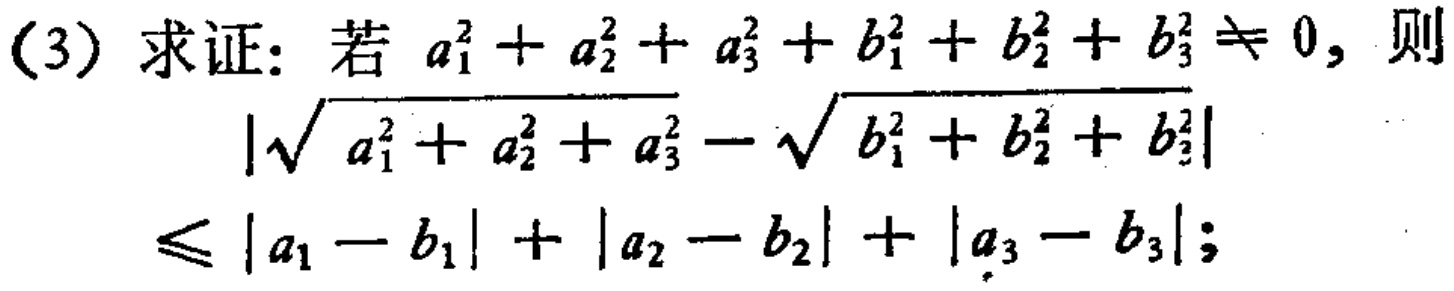
(3) 求证: 若 \(a_{1}^{2}+a_{2}^{2}+a_{3}^{2}+b_{1}^{2}+b_{2}^{2}+b_{3}^{2}\neq 0\), 则
\[\left|\sqrt{a_{1}^{2}+a_{2}^{2}+a_{3}^{2}}-\sqrt{b_{1}^{2}+b_{2}^{2}+b_{3}^{2}}\right|\leq\left|a_{1}-b_{1}\right|+\left|a_{2}-b_{2}\right|+\left|a_{3}-b_{3}\right|;\]